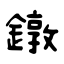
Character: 鐓